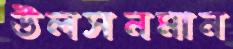
উলসনমান